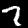
Label: 7